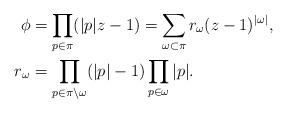
LaTeX: \begin{align*} \phi &= \prod_{p \in \pi} (|p| z - 1) = \sum_{\omega \subset \pi} r_\omega (z-1)^{|\omega|},\\ r_\omega &= \prod_{p \in \pi \setminus \omega} (|p|-1) \prod_{p \in \omega} |p|. \end{align*}